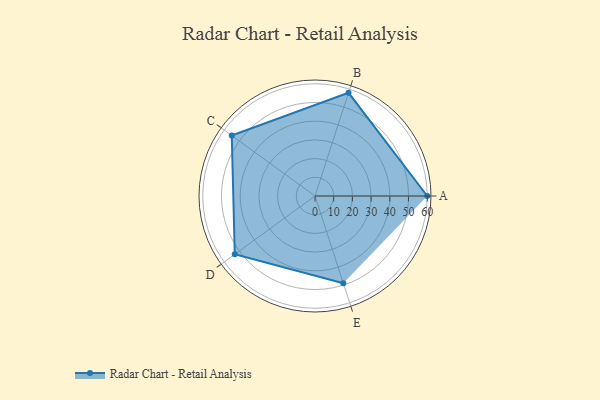
{"axis": {"x": "Skill", "y": "Score"}, "legend": ["Profile"], "data": [{"x": "A", "y": 60.0, "type": "Profile"}, {"x": "B", "y": 58.0, "type": "Profile"}, {"x": "C", "y": 55.0, "type": "Profile"}, {"x": "D", "y": 53.0, "type": "Profile"}, {"x": "E", "y": 49.0, "type": "Profile"}]}